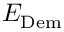
E _ { \mathrm { D e m } }